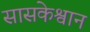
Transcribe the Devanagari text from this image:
सासकेश्वान